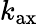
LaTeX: k_{\mathrm{ax}}